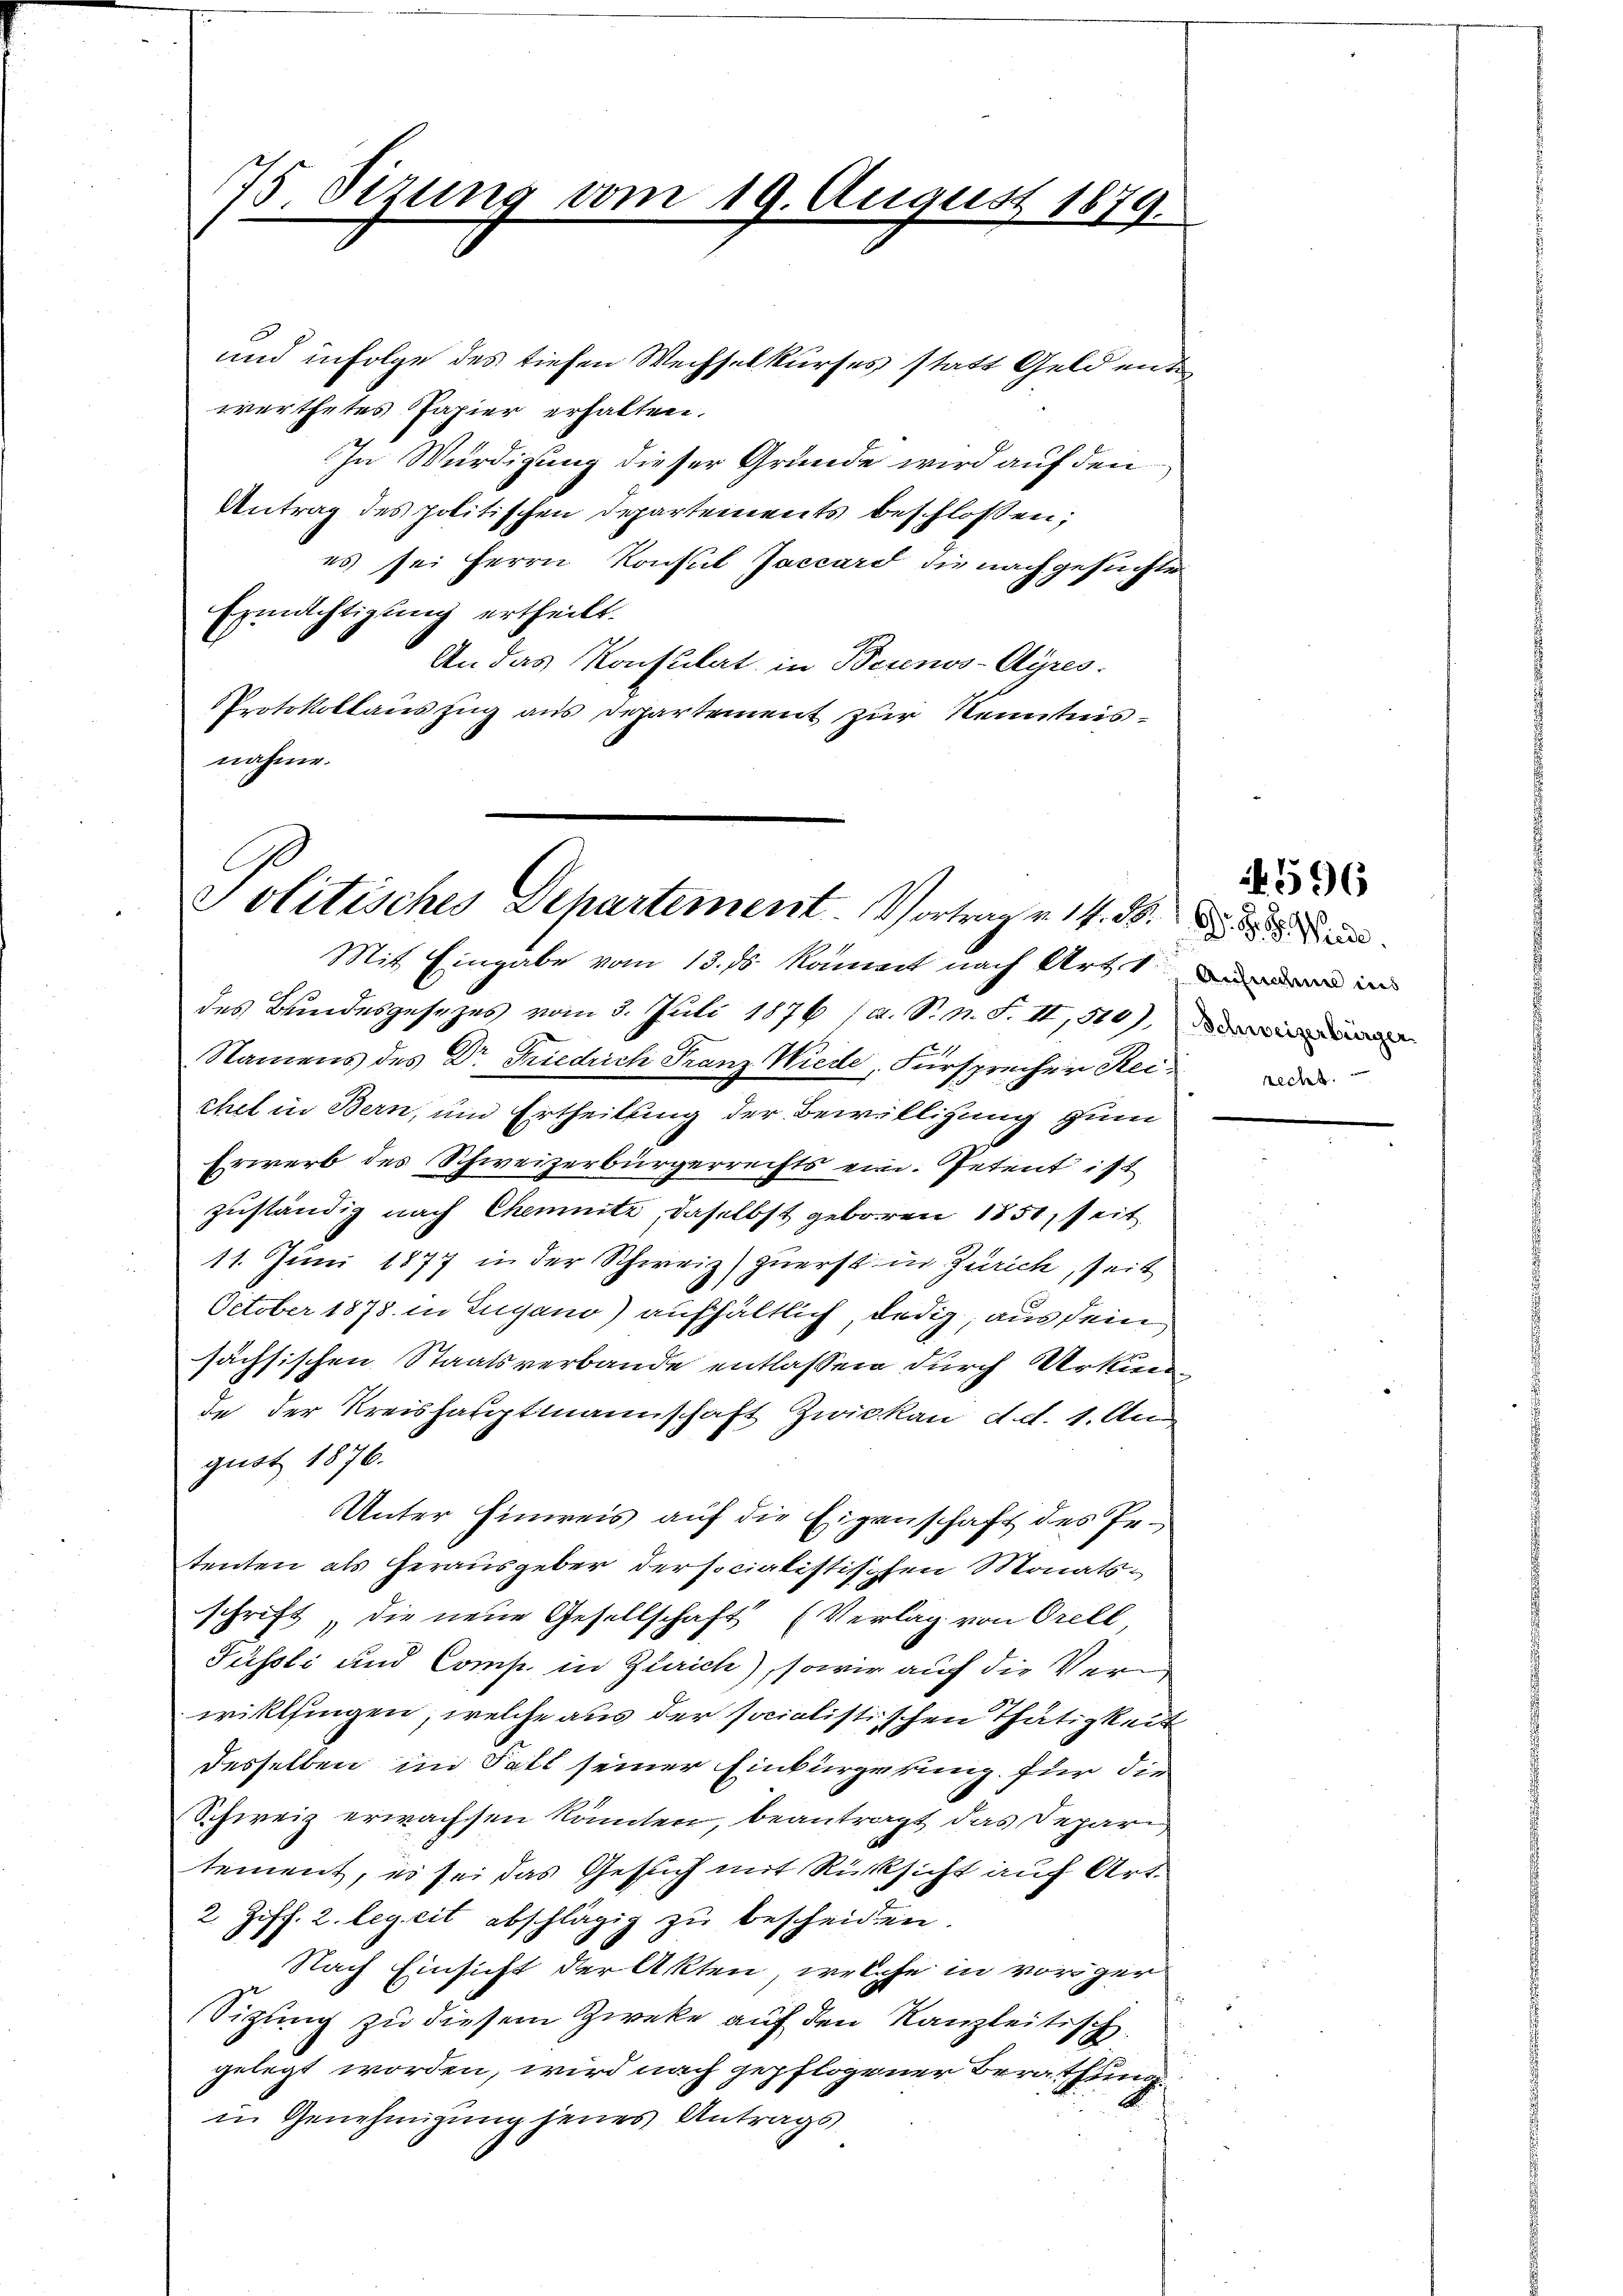
75. Sizung vom 19. August 1879.

und in Folge des tiefen Wechselkurses statt Geld ent
werthetes Papier erhalten.
In Würdigung dieser Grunde wird auf den
Antrag des politischen Departements beschlossen;
es sei Herrn Konsul Jaccard die nachgesuchte
Ermächtigung ertheilt.
An das Konsulat, in Bernos-Ayres.
Protokollauszug aus Departement zur Kenntnisnahme.

Politisches Departement. Vortrage des de

Mit Eingabe vom 13. ds kommt nach Art. 1 in
des Bundesgesezes vom 3. Juli 1876 (a. S. n. F. II, 510),
Namens des Dr Friedrich Franz Wiede, Fürsprecher Reide
chel in Bern, und Ertheilung der Bewilligung zum
Erwerb des Schweizerbürgerrechts ein. Petent ist
zuständig nach Chemnitz, daselbst geboren 1851, seit
11. Juni 1877 in der Schweiz) zuerst in Zürich, seit
October 1878 in Lugano) aufhältlich, ledig, aus dem
sächsischen Staatsverbande entlassen durch Urkun
de der Kreishauptmannschaft Zwickau d.d. 1. Au
gust 1876.
Unter Einweis auf die Eigenschaft des Petenten als herausgeber der socialistischen Monatsschrift die neue Gesellschaft (Verlag von Orell,
Füssli und Comp. in Zürich), sowie auf die Verwiklfingen, welche aus der socialistischen Thätigkeit
desselben im Fall seiner Einbürgerung für die
Schweiz erwachsen könnten, beantragt das Depari
tement, es sei das Gesuch mit Rücksicht auf Art.
2. Ziff. 2. legeit abschlägig zu bescheiden
Nach Einsicht der Akten, welche in vorger
Sizung zu diesem Zweke auf den Kanzleitisch.
gelegt worden, wird nach gepflogener Berathung
in Genehmigung jenes Antrags

596